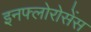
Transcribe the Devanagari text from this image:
इनफ्लोरोसेंस